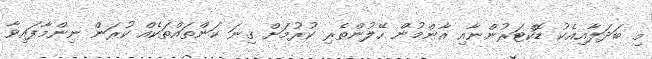
މި ބަދަލާއިއެކު ޑޮކްޓަރުންނާއި އާންމުން ހޭލުންތެރި ކުރުމަށް ގިނަ ކަންތައްތަކެއް ކުރަން ނިންމާފައިވާ